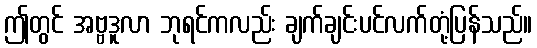
ဤတွင် အဗ္ဗဒူလာ ဘုရင်ကလည်း ချက်ချင်းပင်လက်တုံ့ပြန်သည်။